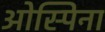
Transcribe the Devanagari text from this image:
ओस्पिना